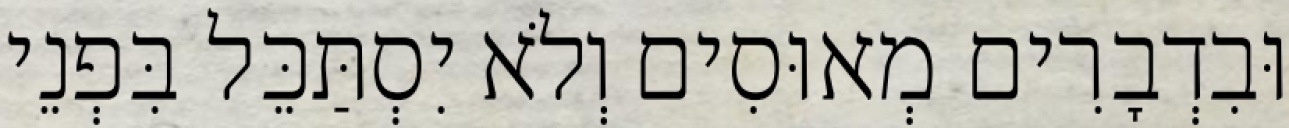
וּבִדְבָרִים מְאוּסִים וְלֹא יִסְתַּכֵּל בִּפְנֵי